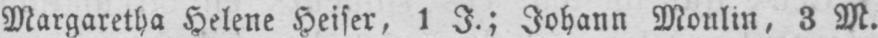
Margaretha Helene Heiser, 1 J.; Johann Monlin, 3 M.